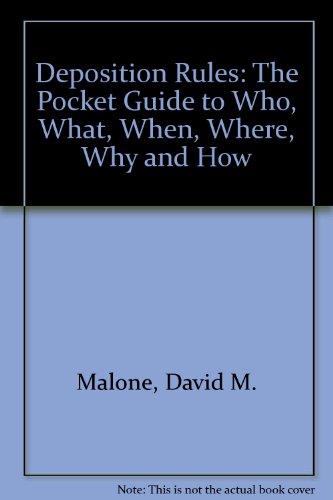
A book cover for Deposition Rules The Pocket Guide To Who, What, When, Where, Why, and How; David M Malone; Law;